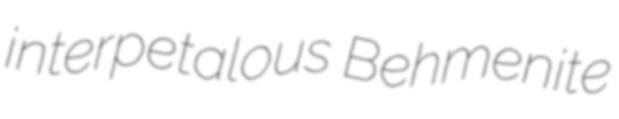
interpetalous Behmenite